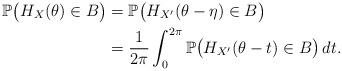
LaTeX: \begin{align*}\mathbb{P}\bigl( H_{X}(\theta)\in B\bigr) &=\mathbb{P}\bigl(H_{X'}(\theta-\eta)\in B\bigr)\\&=\frac{1}{2\pi}\int_0^{2\pi}\mathbb{P}\bigl(H_{X'}(\theta-t)\in B\bigr)\,dt.\end{align*}